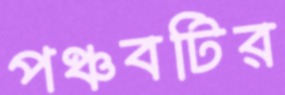
পঞ্চবটির